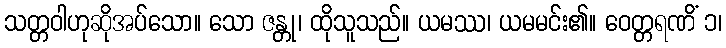
သတ္တဝါဟုဆိုအပ်သော။ သော ဇန္တု၊ ထိုသူသည်။ ယမဿ၊ ယမမင်း၏။ ဝေတ္တရဏိံ ၁၊